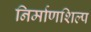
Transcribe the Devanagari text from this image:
निर्माणशिल्प